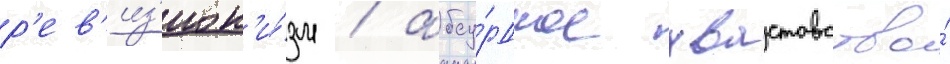
р'ев'из'ион'и́зм / абсу́рдное хвастовство́